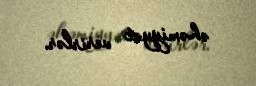
əhəmiyyət verirlər.